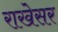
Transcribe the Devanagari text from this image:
राखेसर